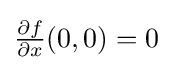
{\tfrac {\partial f}{\partial x}}(0,0)=0